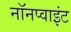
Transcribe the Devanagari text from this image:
नॉनप्वाइंट